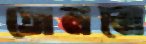
তোলবো